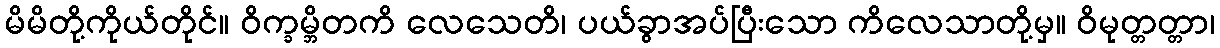
မိမိတို့ကိုယ်တိုင်။ ဝိက္ခမ္ဘိတကိ လေသေတိ၊ ပယ်ခွာအပ်ပြီးသော ကိလေသာတို့မှ။ ဝိမုတ္တတ္တာ၊